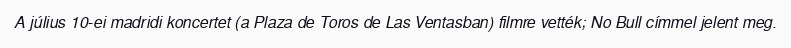
A július 10-ei madridi koncertet (a Plaza de Toros de Las Ventasban) filmre vették; No Bull címmel jelent meg.